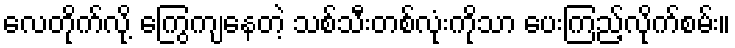
လေတိုက်လို့ ကြွေကျနေတဲ့ သစ်သီးတစ်လုံးကိုသာ ပေးကြည့်လိုက်စမ်း။